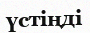
үстіңді